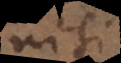
nisi